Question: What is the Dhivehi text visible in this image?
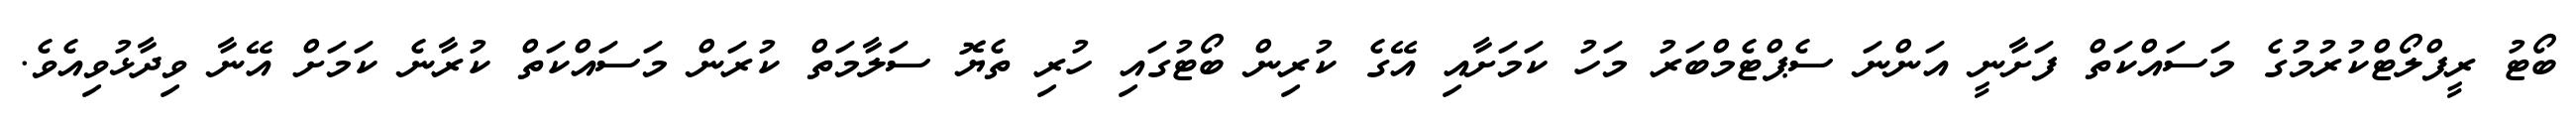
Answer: ބޯޓު ރީފްލޯޓްކުރުމުގެ މަސައްކަތް ފަށާނީ އަންނަ ސެޕްޓެމްބަރު މަހު ކަމަށާއި އޭގެ ކުރިން ބޯޓުގައި ހުރި ތެޔޮ ސަލާމަތް ކުރަން މަސައްކަތް ކުރާނެ ކަމަށް އޭނާ ވިދާޅުވިއެވެ.